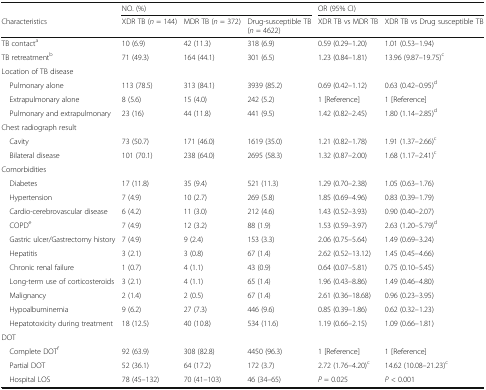
<table><thead><tr><td></td><td colspan="3"><b>NO. (%)</b></td><td colspan="2"><b>OR (95% CI)</b></td></tr><tr><td><b>Characteristics</b></td><td><b>XDR TB (<i>n</i> = 144)</b></td><td><b>MDR TB (<i>n</i> = 372)</b></td><td><b>Drug-susceptible TB (<i>n</i> = 4622)</b></td><td><b>XDR TB vs MDR TB</b></td><td><b>XDR TB vs Drug susceptible TB</b></td></tr></thead><tbody><tr><td>TB contact<sup>a</sup></td><td>10 (6.9)</td><td>42 (11.3)</td><td>318 (6.9)</td><td>0.59 (0.29–1.20)</td><td>1.01 (0.53–1.94)</td></tr><tr><td>TB retreatment<sup>b</sup></td><td>71 (49.3)</td><td>164 (44.1)</td><td>301 (6.5)</td><td>1.23 (0.84–1.81)</td><td>13.96 (9.87–19.75)<sup>c</sup></td></tr><tr><td colspan="6">Location of TB disease</td></tr><tr><td> Pulmonary alone</td><td>113 (78.5)</td><td>313 (84.1)</td><td>3939 (85.2)</td><td>0.69 (0.42–1.12)</td><td>0.63 (0.42–0.95)<sup>d</sup></td></tr><tr><td> Extrapulmonary alone</td><td>8 (5.6)</td><td>15 (4.0)</td><td>242 (5.2)</td><td>1 [Reference]</td><td>1 [Reference]</td></tr><tr><td> Pulmonary and extrapulmonary</td><td>23 (16)</td><td>44 (11.8)</td><td>441 (9.5)</td><td>1.42 (0.82–2.45)</td><td>1.80 (1.14–2.85)<sup>d</sup></td></tr><tr><td colspan="6">Chest radiograph result</td></tr><tr><td> Cavity</td><td>73 (50.7)</td><td>171 (46.0)</td><td>1619 (35.0)</td><td>1.21 (0.82–1.78)</td><td>1.91 (1.37–2.66)<sup>c</sup></td></tr><tr><td> Bilateral disease</td><td>101 (70.1)</td><td>238 (64.0)</td><td>2695 (58.3)</td><td>1.32 (0.87–2.00)</td><td>1.68 (1.17–2.41)<sup>c</sup></td></tr><tr><td colspan="6">Comorbidities</td></tr><tr><td> Diabetes</td><td>17 (11.8)</td><td>35 (9.4)</td><td>521 (11.3)</td><td>1.29 (0.70–2.38)</td><td>1.05 (0.63–1.76)</td></tr><tr><td> Hypertension</td><td>7 (4.9)</td><td>10 (2.7)</td><td>269 (5.8)</td><td>1.85 (0.69–4.96)</td><td>0.83 (0.39–1.79)</td></tr><tr><td> Cardio-cerebrovascular disease</td><td>6 (4.2)</td><td>11 (3.0)</td><td>212 (4.6)</td><td>1.43 (0.52–3.93)</td><td>0.90 (0.40–2.07)</td></tr><tr><td> COPD<sup>e</sup></td><td>7 (4.9)</td><td>12 (3.2)</td><td>88 (1.9)</td><td>1.53 (0.59–3.97)</td><td>2.63 (1.20–5.79)<sup>d</sup></td></tr><tr><td> Gastric ulcer/Gastrectomy history</td><td>7 (4.9)</td><td>9 (2.4)</td><td>153 (3.3)</td><td>2.06 (0.75–5.64)</td><td>1.49 (0.69–3.24)</td></tr><tr><td> Hepatitis</td><td>3 (2.1)</td><td>3 (0.8)</td><td>67 (1.4)</td><td>2.62 (0.52–13.12)</td><td>1.45 (0.45–4.66)</td></tr><tr><td> Chronic renal failure</td><td>1 (0.7)</td><td>4 (1.1)</td><td>43 (0.9)</td><td>0.64 (0.07–5.81)</td><td>0.75 (0.10–5.45)</td></tr><tr><td> Long-term use of corticosteroids</td><td>3 (2.1)</td><td>4 (1.1)</td><td>65 (1.4)</td><td>1.96 (0.43–8.86)</td><td>1.49 (0.46–4.80)</td></tr><tr><td> Malignancy</td><td>2 (1.4)</td><td>2 (0.5)</td><td>67 (1.4)</td><td>2.61 (0.36–18.68)</td><td>0.96 (0.23–3.95)</td></tr><tr><td> Hypoalbuminemia</td><td>9 (6.2)</td><td>27 (7.3)</td><td>446 (9.6)</td><td>0.85 (0.39–1.86)</td><td>0.62 (0.32–1.23)</td></tr><tr><td> Hepatotoxicity during treatment</td><td>18 (12.5)</td><td>40 (10.8)</td><td>534 (11.6)</td><td>1.19 (0.66–2.15)</td><td>1.09 (0.66–1.81)</td></tr><tr><td colspan="6">DOT</td></tr><tr><td> Complete DOT<sup>f</sup></td><td>92 (63.9)</td><td>308 (82.8)</td><td>4450 (96.3)</td><td>1 [Reference]</td><td>1 [Reference]</td></tr><tr><td> Partial DOT</td><td>52 (36.1)</td><td>64 (17.2)</td><td>172 (3.7)</td><td>2.72 (1.76–4.20)<sup>c</sup></td><td>14.62 (10.08–21.23)<sup>c</sup></td></tr><tr><td> Hospital LOS</td><td>78 (45–132)</td><td>70 (41–103)</td><td>46 (34–65)</td><td><i>P</i> = 0.025</td><td><i>P</i> &lt; 0.001</td></tr></tbody></table>